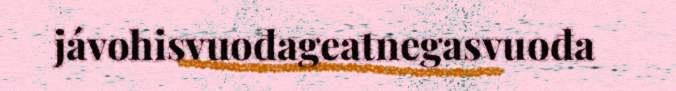
jávohisvuođageatnegasvuođa